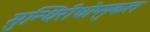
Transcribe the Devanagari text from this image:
मुन्थिरीथोप्पुकल